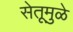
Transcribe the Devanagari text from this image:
सेतूमुळे